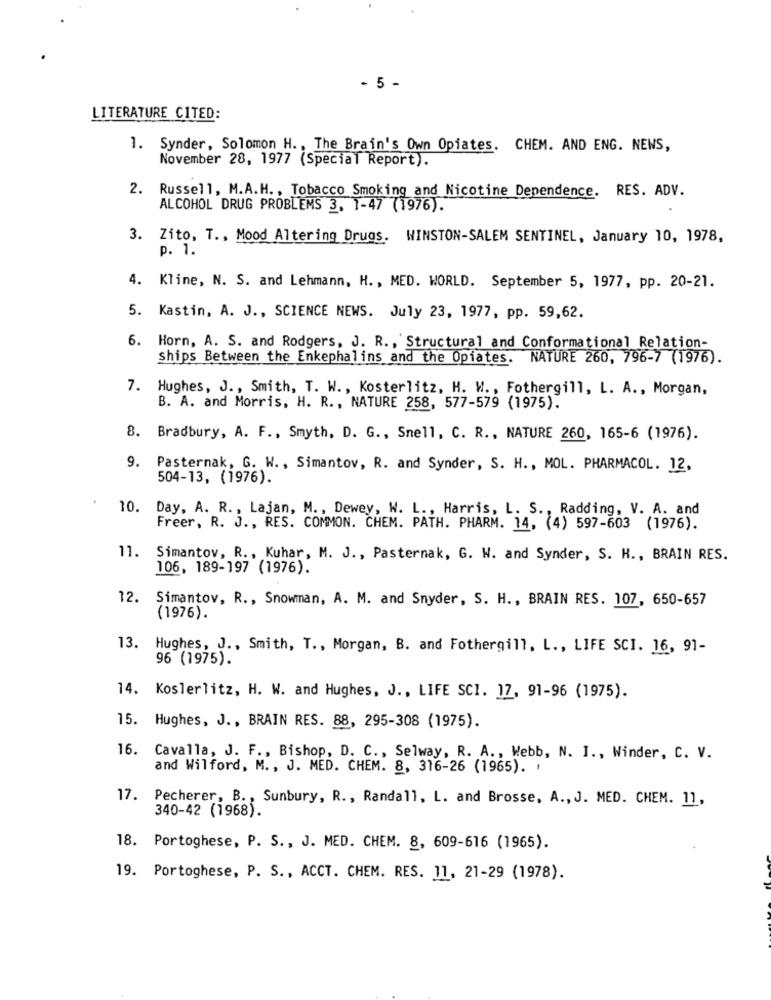
- 5 -
LITERATURE CITED:
1. Synder, Solomon H. , The Brain's Own Opiates. CHEM. AND ENG. NEWS,
November 28, 1977 (Special Report).
2. Russell, M.A.H ., Tobacco Smoking and Nicotine Dependence. RES. ADV.
ALCOHOL DRUG PROBLEMS 3, 1-47 (1976).
3. Zito, T ., Mood Altering Drugs. WINSTON-SALEM SENTINEL, January 10, 1978,
p. 1.
4. Kline, N. S. and Lehmann, H ., MED. WORLD. September 5, 1977, pp. 20-21.
5. Kastin, A. J ., SCIENCE NEWS. July 23, 1977, pp. 59,62.
6. Horn, A. S. and Rodgers, J. R ., Structural and Conformational Relation-
ships Between the Enkephalins and the Opiates. NATURE 260, 796-7 (1976).
7. Hughes, J ., Smith, T. W ., Kosterlitz, H. W ., Fothergill, L. A ., Morgan,
B. A. and Morris, H. R ., NATURE 258, 577-579 (1975).
8. Bradbury, A. F ., Smyth, D. G ., Snell, C. R ., NATURE 260, 165-6 (1976).
9. Pasternak, G. W ., Simantov, R. and Synder, S. H ., MOL. PHARMACOL. 12,
504-13, (1976).
10. Day, A. R ., Lajan, M ., Dewey, W. L ., Harris, L. S ., Radding, V. A. and
Freer, R. J ., RES. COMMON. CHEM. PATH. PHARM. 14, (4) 597-603 (1976).
11. Simantov, R ., Kuhar, M. J ., Pasternak, G. W. and Synder, S. H ., BRAIN RES.
106, 189-197 (1976).
12. Simantov, R ., Snowman, A. M. and Snyder, S. H ., BRAIN RES. 107, 650-657
(1976).
13. Hughes, J ., Smith, T ., Morgan, B. and Fothergill. L ., LIFE SCI. 16, 91-
96 (1975).
14. Koslerlitz, H. W. and Hughes, J ., LIFE SCI. 17, 91-96 (1975).
15. Hughes, J ., BRAIN RES. 88, 295-308 (1975).
16. Cavalla, J. F ., Bishop, D. C ., Selway, R. A ., Webb, N. I ., Winder, C. V.
and Wilford, M ., J. MED. CHEM. 8, 316-26 (1965). '
17.
Pecherer, B ., Sunbury, R ., Randall, L. and Brosse, A ., J. MED. CHEM. 11,
340-42 (1968).
18. Portoghese, P. S ., J. MED. CHEM. 8, 609-616 (1965).
19. Portoghese, P. S ., ACCT. CHEM. RES. 11, 21-29 (1978).